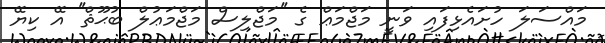
މައްސަލަ ހުށައެޅިފައި ވަނީ މަޖްމަޢް ގެ ''މަޖްލިސް މަޖްމަޢުލް ބުޙޫޘް'' އޭ ކިޔޭ